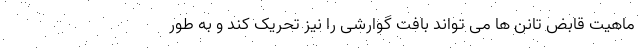
ماهیت قابض تانن ها می تواند بافت گوارشی را نیز تحریک کند و به طور